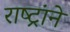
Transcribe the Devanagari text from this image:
राष्ट्रांने